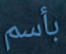
بأسم